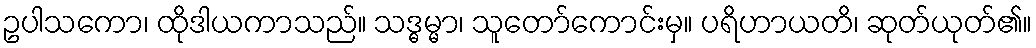
ဥပါသကော၊ ထိုဒါယကာသည်။ သဒ္ဓမ္မာ၊ သူတော်ကောင်းမှ။ ပရိဟာယတိ၊ ဆုတ်ယုတ်၏။